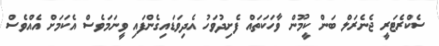
ސެކްރެޓަރީ ޖެނެރަލް ބަން ކީމޫން ވާހަކަތައް ފެށިދުވަހު އެދިވަޑައިގެންފައި ވީނަމަވެސް އެކަމަށް އެއްވެސް